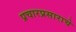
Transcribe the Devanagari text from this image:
प्रचारप्रसाराचे